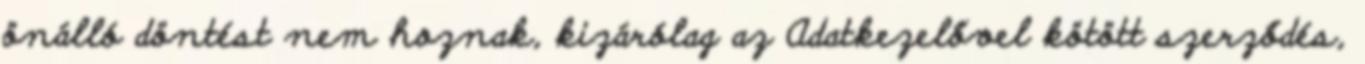
önálló döntést nem hoznak, kizárólag az Adatkezelővel kötött szerződés,